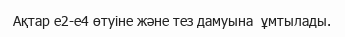
Ақтар е2-е4 өтуіне және тез дамуына  ұмтылады.